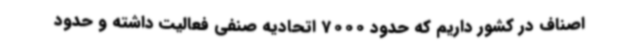
اصناف در کشور داریم که حدود 7000 اتحادیه صنفی فعالیت داشته و حدود